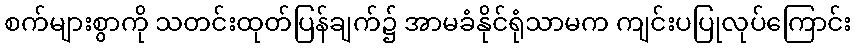
စက်များစွာကို သတင်းထုတ်ပြန်ချက်၌ အာမခံနိုင်ရုံသာမက ကျင်းပပြုလုပ်ကြောင်း